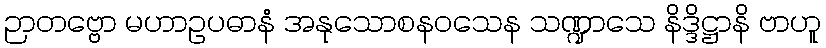
ဉာတဗ္ဗော မဟာဥပဓာနံ အနုသောစနဝသေန သဏ္ဍာသေ နိဒ္ဒိဋ္ဌာနိ ဗာဟူ